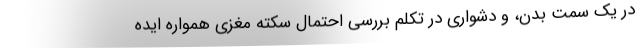
در یک سمت بدن، و دشواری در تکلم بررسی احتمال سکته مغزی همواره ایده